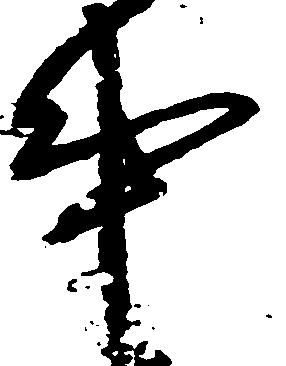
事